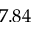
7 . 8 4